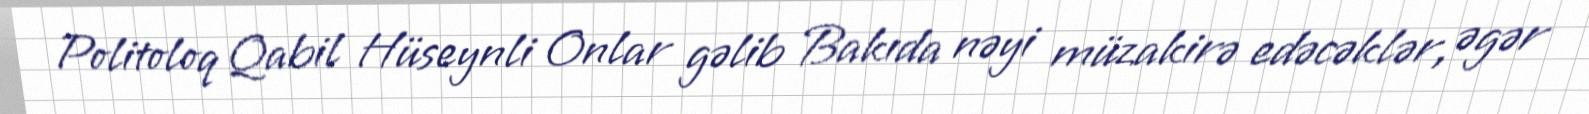
Politoloq Qabil Hüseynli Onlar gəlib Bakıda nəyi müzakirə edəcəklər, əgər